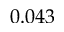
0 . 0 4 3